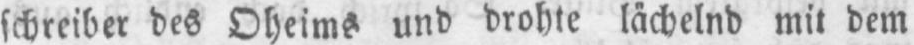
schreiber des Oheims und drohte lächelnd mit dem